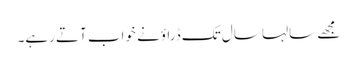
مجھے سالہا سال تک ڈراؤنے خواب آتے رہے۔